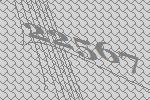
22567